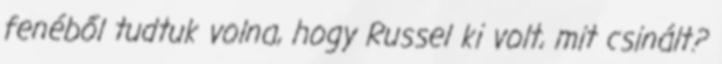
fenéből tudtuk volna, hogy Russel ki volt, mit csinált?